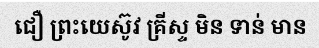
ជឿ ព្រះយេស៊ូវ គ្រីស្ទ មិន ទាន់ មាន